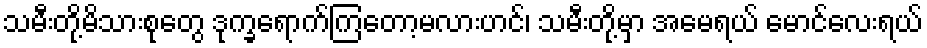
သမီးတို့မိသားစုတွေ ဒုက္ခရောက်ကြတော့မလားဟင်၊ သမီးတို့မှာ အမေရယ် မောင်လေးရယ်